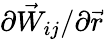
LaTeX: {\partial\vec{W}_{ij}}/{\partial{\vec{r}}}